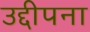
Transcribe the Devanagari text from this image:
उद्दीपना